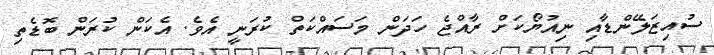
ސުއިޒަލޭންޑާއި ނިއުޔޯކަށް ރާއްޖެ ހަދަން މަސައްކަތް ކުރަނީ އެވެ. އެކަން ކުރަން ބޮޑެތި